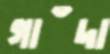
গাঁদা